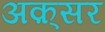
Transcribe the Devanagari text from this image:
अक़्सर